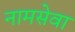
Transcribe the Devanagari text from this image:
नामसेवा